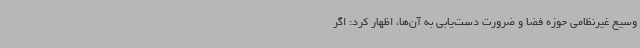
وسیع غیرنظامی حوزه فضا و ضرورت دست‌یابی به آن‌ها، اظهار کرد: اگر